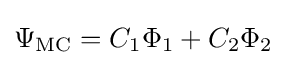
\Psi _{\text{MC}}=C_{1}\Phi _{1}+C_{2}\Phi _{2}